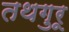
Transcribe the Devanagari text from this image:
तथगुरू